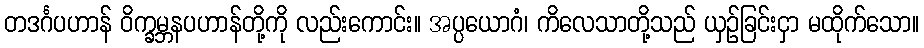
တဒင်္ဂပဟာန် ဝိက္ခမ္ဘနပဟာန်တို့ကို လည်းကောင်း။ အပ္ပယောဂံ၊ ကိလေသာတို့သည် ယှဉ်ခြင်းငှာ မထိုက်သော။